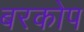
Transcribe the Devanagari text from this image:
बरकोप